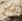
شاو